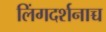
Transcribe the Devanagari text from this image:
लिंगदर्शनाच्च